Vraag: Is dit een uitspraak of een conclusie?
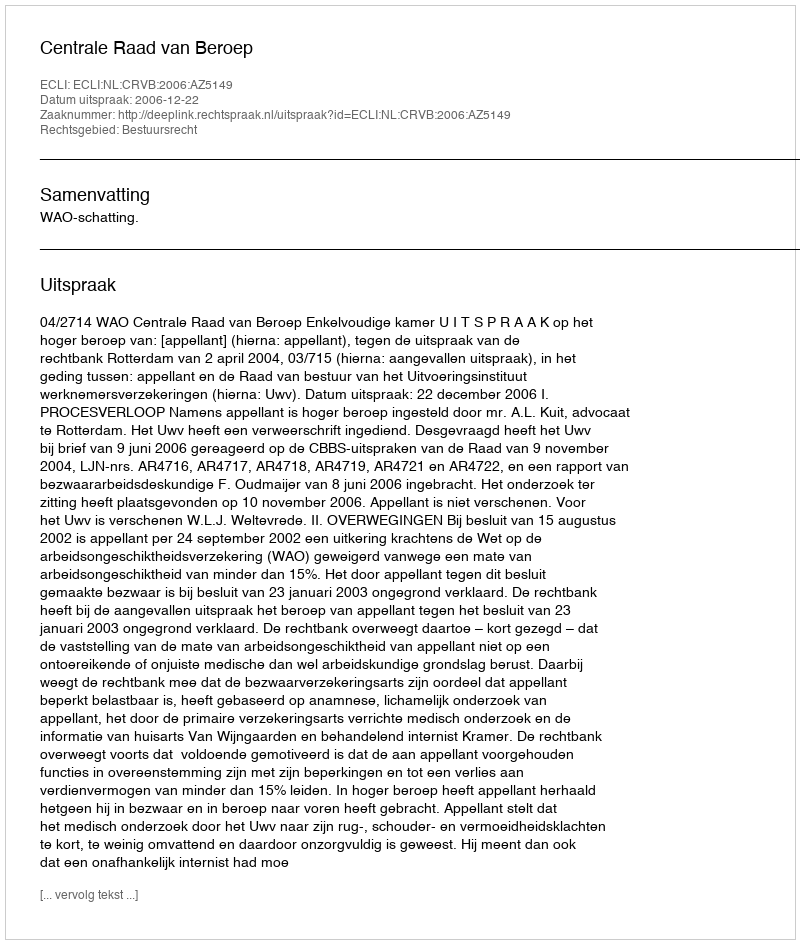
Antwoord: Uitspraak